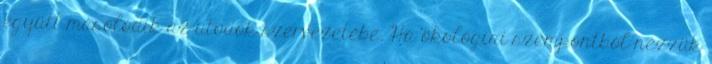
együtt másolódik az utódok szervezetébe. Ha ökológiai szempontból nézzük